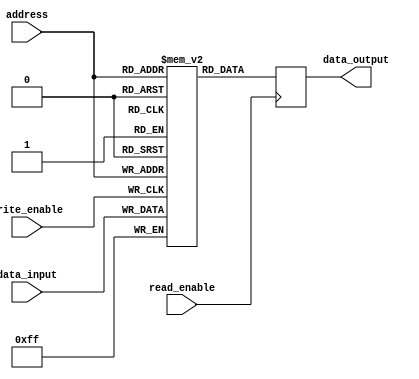
module AntiFuseROM(
   input wire [7:0] address,
   input wire read_enable,
   input wire write_enable,
   input wire [7:0] data_input,
   output reg [7:0] data_output
);

reg [7:0] memory [0:255]; // 256 memory cells
reg [7:0] decoded_address;

always @(*) begin
   decoded_address = address;
end

always @(posedge read_enable) begin
   if(read_enable) begin
      data_output <= memory[decoded_address];
   end
end

always @(posedge write_enable) begin
   if(write_enable) begin
      memory[decoded_address] <= data_input;
   end
end

endmodule